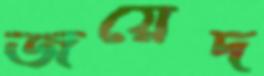
জয়েদ